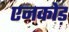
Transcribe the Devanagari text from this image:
एनकोड़